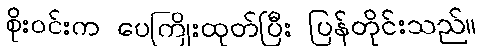
စိုးဝင်းက ပေကြိုးထုတ်ပြီး ပြန်တိုင်းသည်။